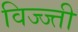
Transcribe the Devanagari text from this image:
विज्ज्ती